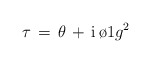
\begin{align*}\tau \, = \, \theta \, + \, \mbox{i} \, {\o{1}{g^2}}\end{align*}